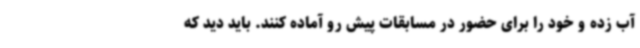
آب زده و خود را برای حضور در مسابقات پیش رو آماده کنند. باید دید که